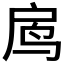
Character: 𱉓